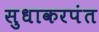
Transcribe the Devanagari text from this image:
सुधाकरपंत